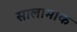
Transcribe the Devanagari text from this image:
सालामाक